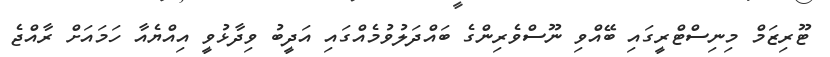
ޓޫރިޒަމް މިނިސްޓްރީގައި ބޭއްވި ނޫސްވެރިންގެ ބައްދަލުވުމެއްގައި އަދީބު ވިދާޅުވީ އިއްޔެއާ ހަމައަށް ރާއްޖެ